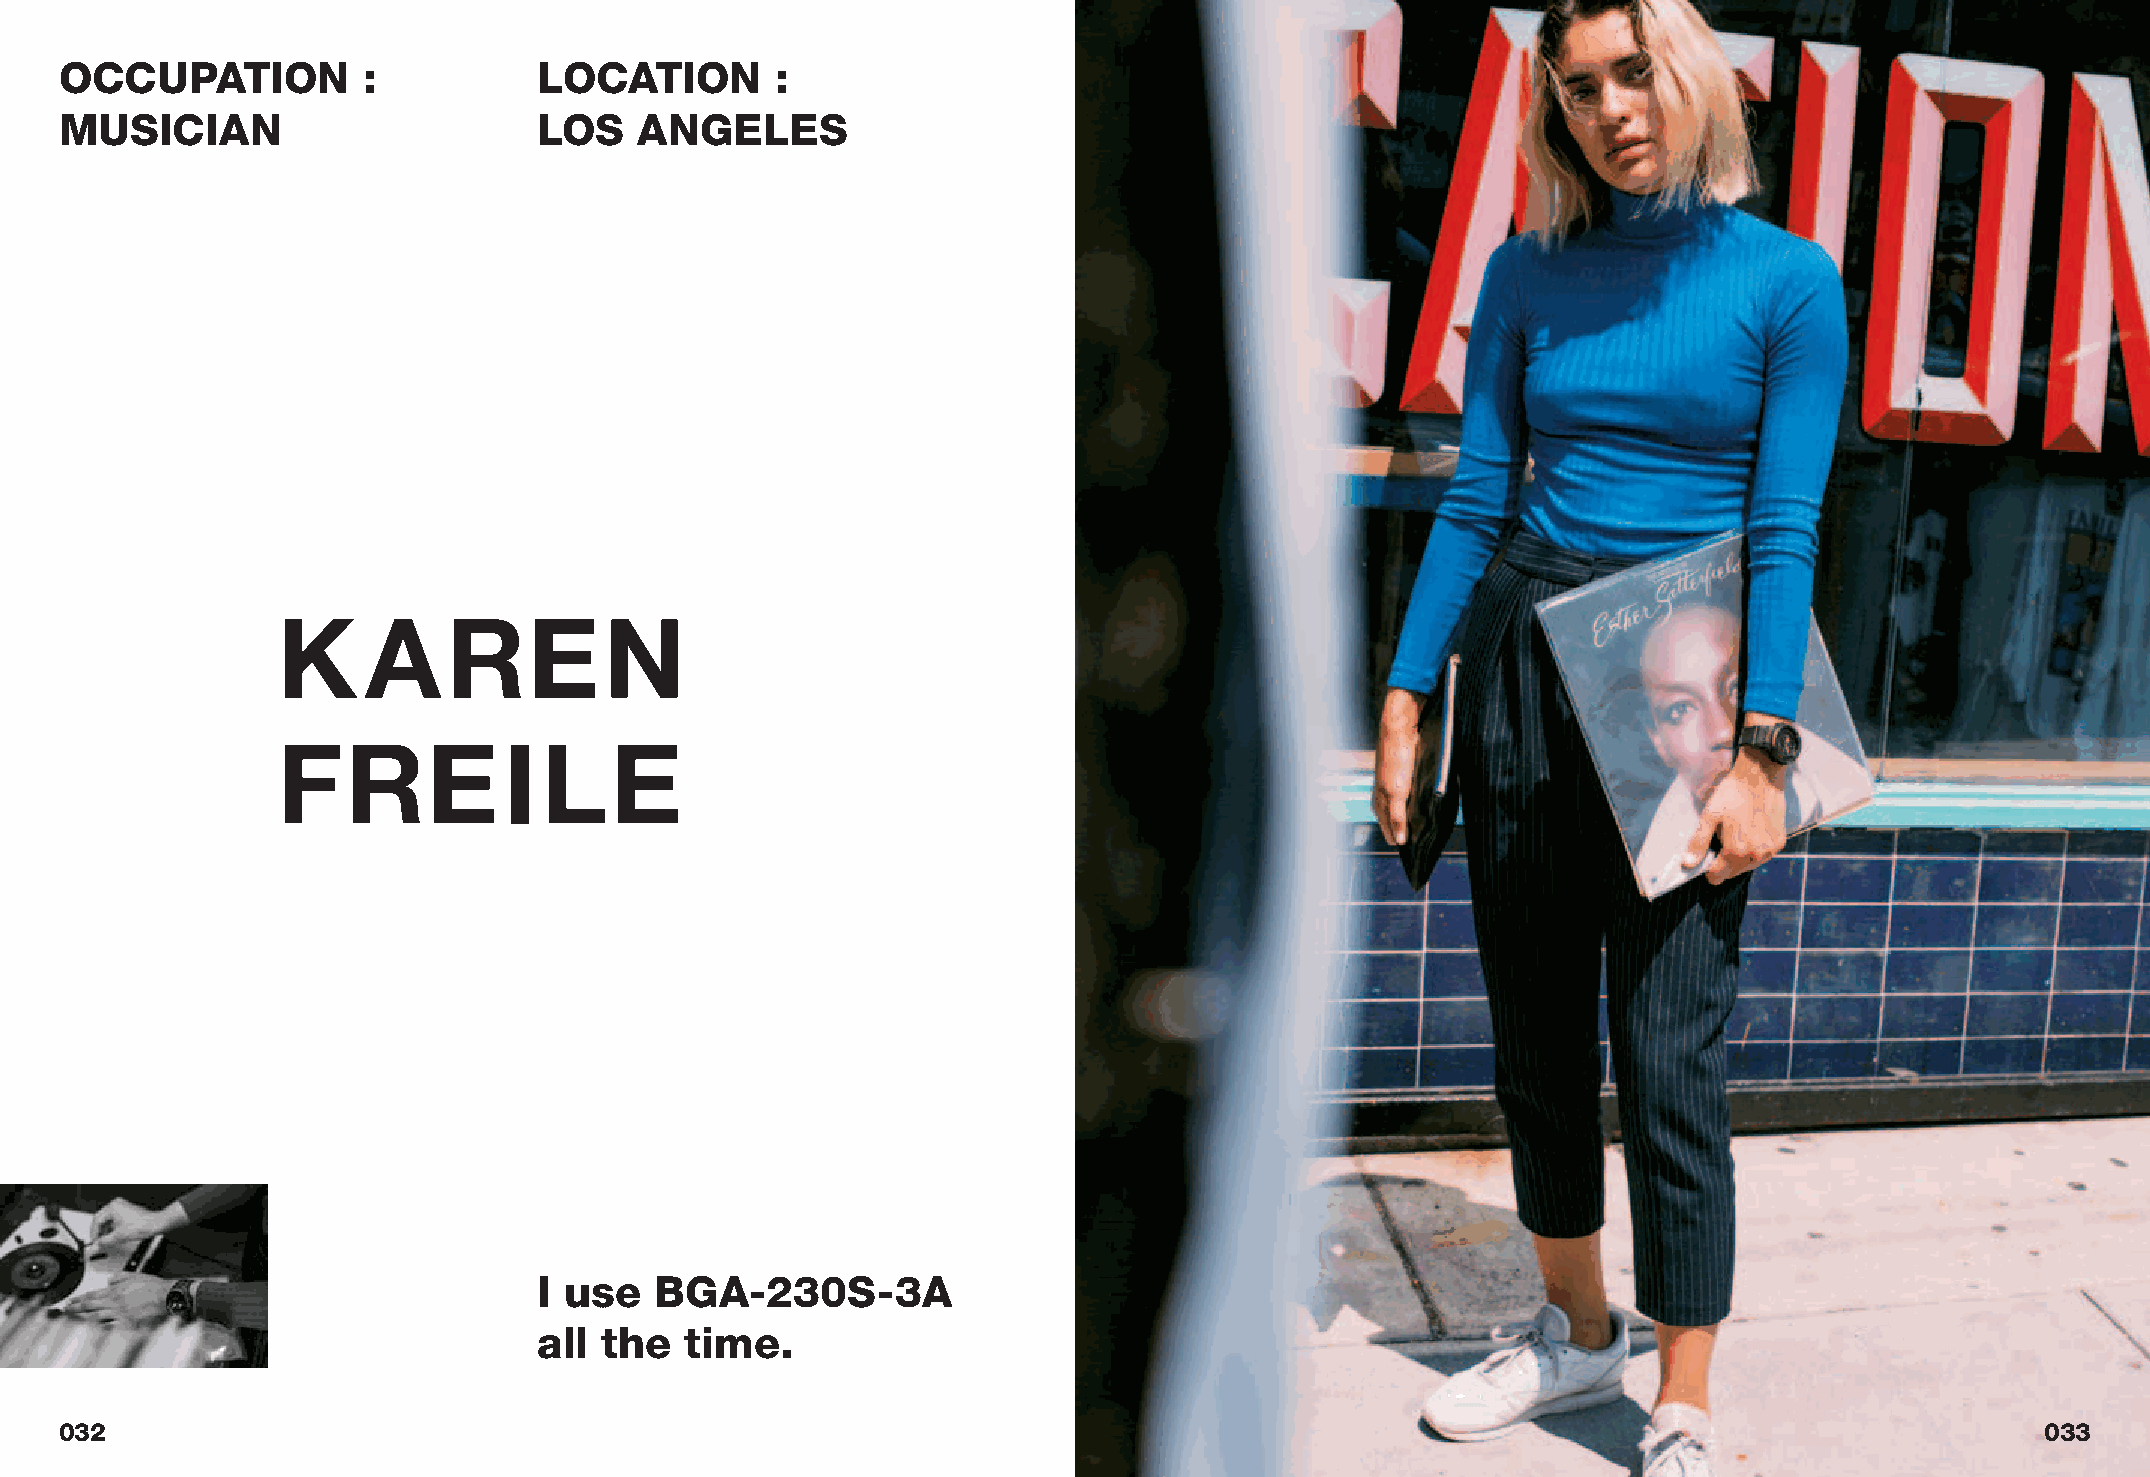
OCCUPATION          :           LOCATION       :
 MUSICIAN                        LOS   ANGELES
 K     AREN
 FREILE
 I use  BGA-230S-3A
 all the  time.
 032                                                                                                                                033